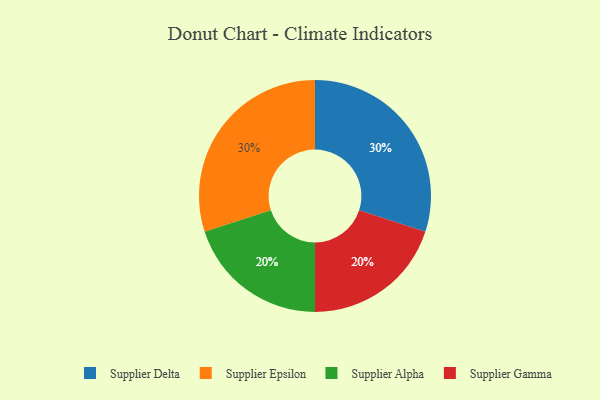
{"axis": {"x": "Category", "y": "Percentage"}, "legend": ["Supplier Alpha", "Supplier Delta", "Supplier Epsilon", "Supplier Gamma"], "data": [{"x": "Supplier Delta", "y": 30, "type": "Supplier Delta"}, {"x": "Supplier Alpha", "y": 20, "type": "Supplier Alpha"}, {"x": "Supplier Epsilon", "y": 30, "type": "Supplier Epsilon"}, {"x": "Supplier Gamma", "y": 20, "type": "Supplier Gamma"}]}